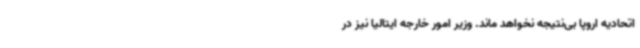
اتحادیه اروپا بی‌نتیجه نخواهد ماند. وزیر امور خارجه ایتالیا نیز در